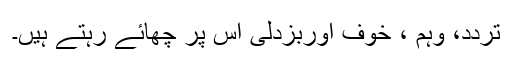
تردد، وہم ، خوف اوربزدلی اُس پر چھائے رہتے ہیں۔